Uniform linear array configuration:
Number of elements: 48
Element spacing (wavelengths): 0.25
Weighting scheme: hamming
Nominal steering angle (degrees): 60
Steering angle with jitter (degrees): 61.427
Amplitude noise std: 0.05
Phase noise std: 0.05

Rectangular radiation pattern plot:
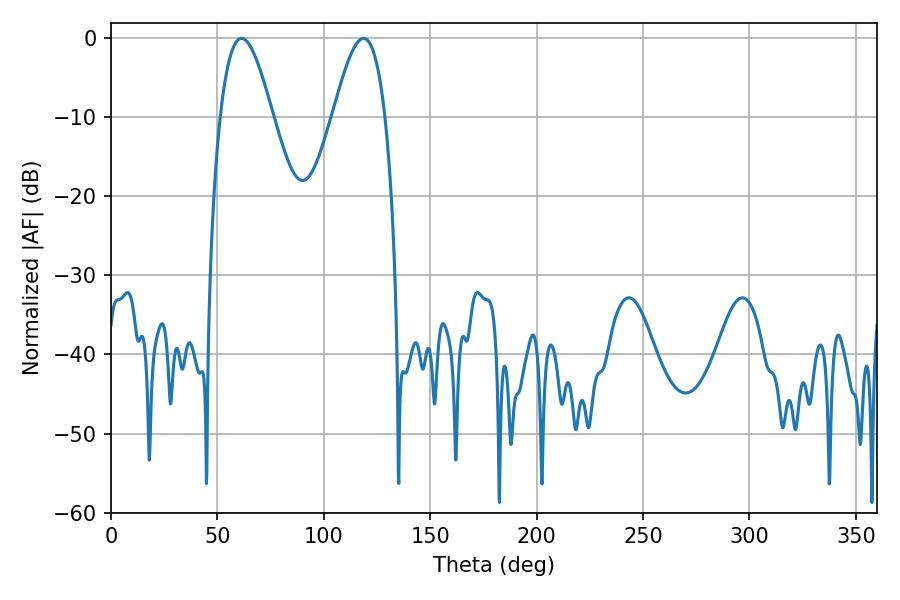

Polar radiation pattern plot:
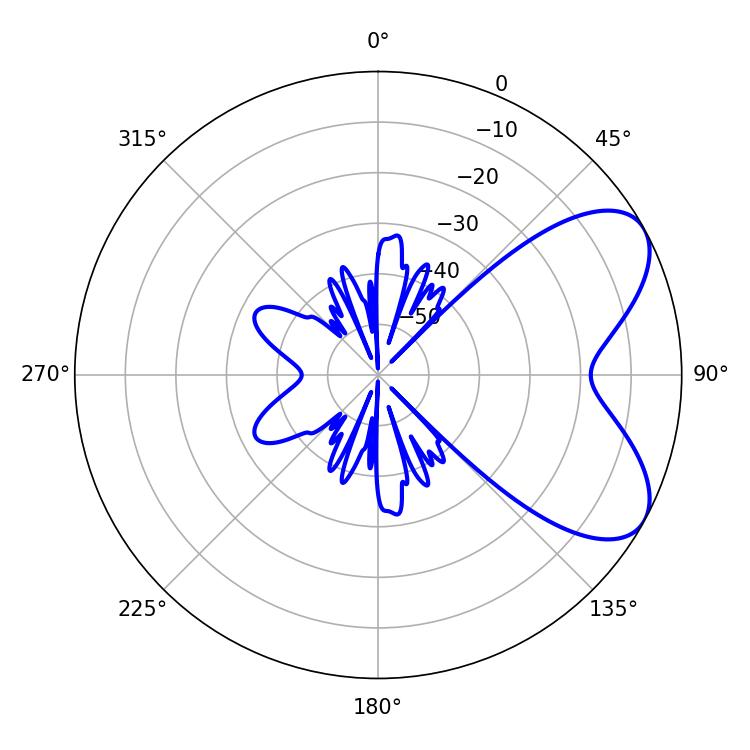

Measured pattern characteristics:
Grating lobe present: FALSE
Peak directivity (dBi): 6.447
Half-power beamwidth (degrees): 13.32
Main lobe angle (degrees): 61.38